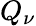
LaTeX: Q_{\nu}